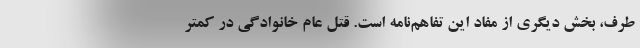
طرف، بخش دیگری از مفاد این تفاهم‌نامه است. قتل عام خانوادگی در کمتر